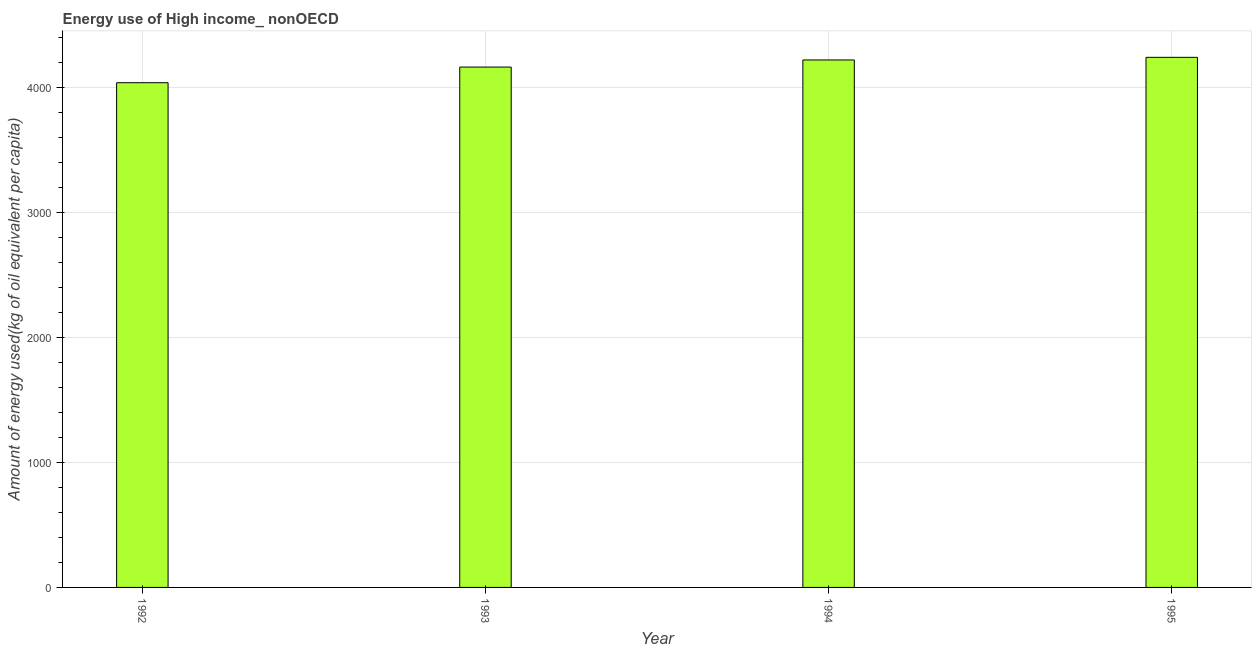
| Year | Energy use  |
 | --- | --- |
 | 1992 | 4.04e+03 |
 | 1993 | 4.16e+03 |
 | 1994 | 4.22e+03 |
 | 1995 | 4.24e+03 |